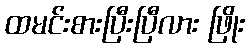
ထမင်းစားပြီးပြီလား ဖြိုး